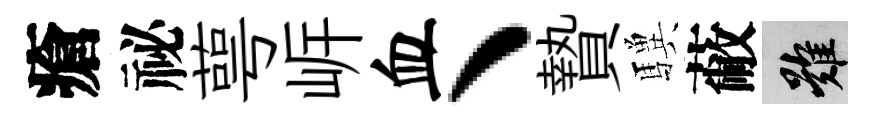
瘡祕萼㟁血、贄驥蔽難